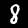
Label: 8